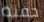
حفنة